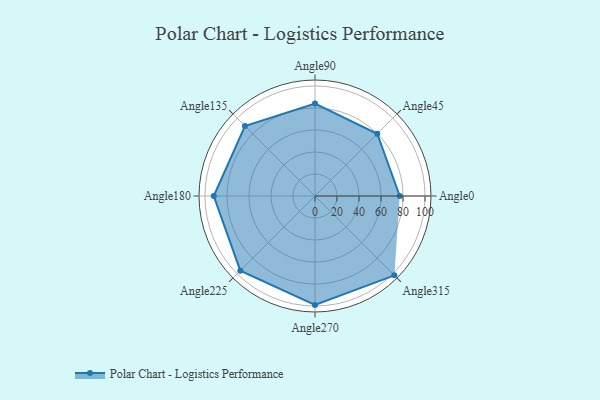
{"axis": {"x": "Angle", "y": "Radius"}, "legend": [""], "data": [{"x": "Angle0", "y": 77.0, "type": ""}, {"x": "Angle45", "y": 80.0, "type": ""}, {"x": "Angle90", "y": 84.0, "type": ""}, {"x": "Angle135", "y": 90.0, "type": ""}, {"x": "Angle180", "y": 92.0, "type": ""}, {"x": "Angle225", "y": 96.0, "type": ""}, {"x": "Angle270", "y": 99.0, "type": ""}, {"x": "Angle315", "y": 102.0, "type": ""}]}